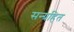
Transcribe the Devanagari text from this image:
सन्ग्रहित